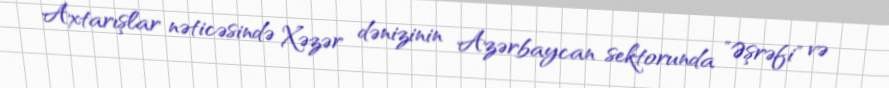
Axtarışlar nəticəsində Xəzər dənizinin Azərbaycan sektorunda "Əşrəfi" və